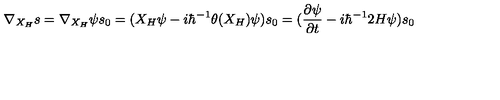
\nabla _ { X _ { H } } s = \nabla _ { X _ { H } } \psi s _ { 0 } = ( X _ { H } \psi - i \hbar ^ { - 1 } \theta ( X _ { H } ) \psi ) s _ { 0 } = ( \frac { \partial \psi } { \partial t } - i \hbar ^ { - 1 } 2 H \psi ) s _ { 0 }